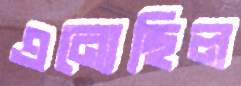
এন্যেছিল